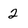
Character: 2